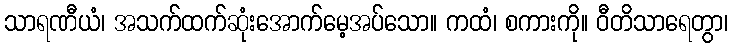
သာရဏီယံ၊ အသက်ထက်ဆုံးအောက်မေ့အပ်သော။ ကထံ၊ စကားကို။ ဝီတိသာရေတွာ၊